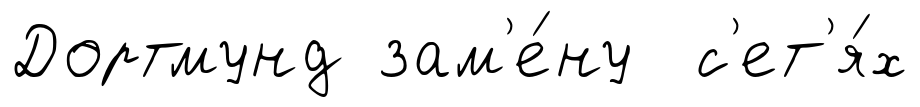
Дортмунд зам'е́ну с'ет'я́х